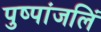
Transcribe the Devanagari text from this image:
पुष्पांजलिं